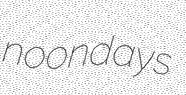
noondays